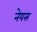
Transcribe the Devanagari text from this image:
नेयस